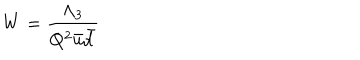
W = \frac { \Lambda _ { 3 } } { Q ^ { 2 } \bar { u } \bar { d } }